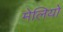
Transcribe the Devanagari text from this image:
मेलियो